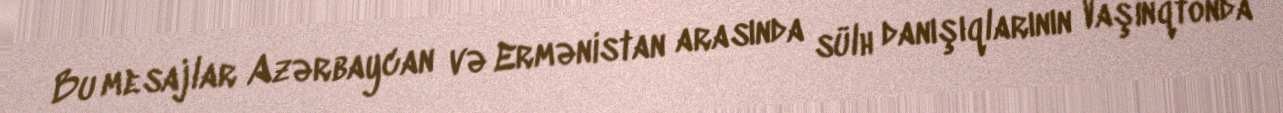
Bu mesajlar Azərbaycan və Ermənistan arasında sülh danışıqlarının Vaşinqtonda